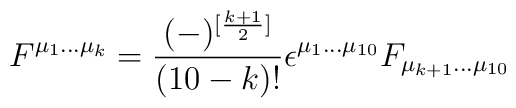
F^{\mu_1...\mu_k} = {(-)^{[{k+1\over 2}]}\over (10-k)!} \epsilon^{\mu_1...\mu_{10}} F_{\mu_{k+1}...\mu_{10}}